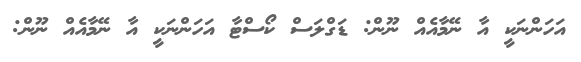
އަހަންނަކީ އާ ނޭމާއެއް ނޫން: ޑަގްލަސް ކޯސްޓާ އަހަންނަކީ އާ ނޭމާއެއް ނޫން: